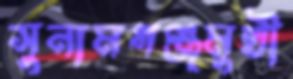
সুনামগঞ্জমুখী